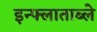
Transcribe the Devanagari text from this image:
इन्फ्लाताब्ले